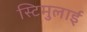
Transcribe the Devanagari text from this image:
स्टिमुलाई